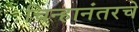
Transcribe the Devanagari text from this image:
चिन्हानंतरचे